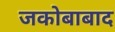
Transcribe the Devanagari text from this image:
जकोबाबाद